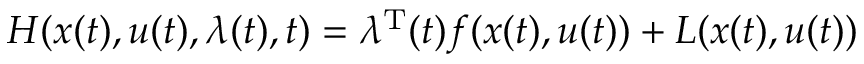
H ( x ( t ) , u ( t ) , \lambda ( t ) , t ) = \lambda ^ { \mathrm { { T } } } ( t ) f ( x ( t ) , u ( t ) ) + L ( x ( t ) , u ( t ) )